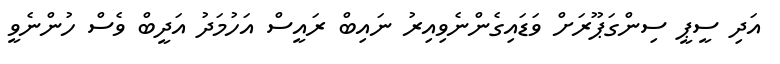
އަދި ސީޕީ ސިންގަޕޫރަށް ވަޑައިގެންނެވިއިރު ނައިބް ރައީސް އަހުމަދު އަދީބް ވެސް ހުންނެވީ